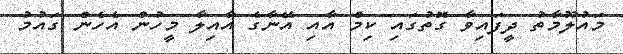
މައުލޫމާތު ދީފައިވާ ގޮތުގައި ކިމް އާއި އޭނާގެ އާއިލާ މީހުން އެހެން ގައުމު